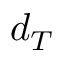
d _ { T }